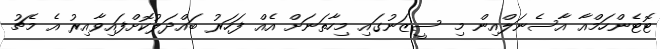
ޓޮޓެންހަމްއާ އާސެނަލްއިން މި ސީޒަނުގައި މިހާތަނަށް އެއް ފަހަރު ބައްދަލުކޮށްފައިވާއިރު އެ މެޗު